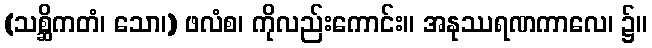
(သစ္ဆိကတံ၊ သော၊) ဖလံစ၊ ကိုလည်းကောင်း။ အနုဿရဏကာလေ၊ ၌။